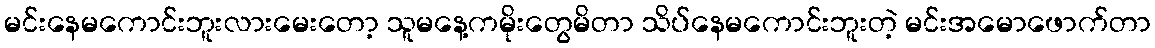
မင်းနေမကောင်းဘူးလားမေးတော့ သူမနေ့ကမိုးတွေမိတာ သိပ်နေမကောင်းဘူးတဲ့ မင်းအမောဖောက်တာ